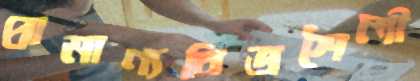
প্রামাণ্যচিত্রশৈলী